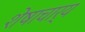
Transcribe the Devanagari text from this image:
शेषाचार्य